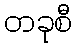
တခုစီ